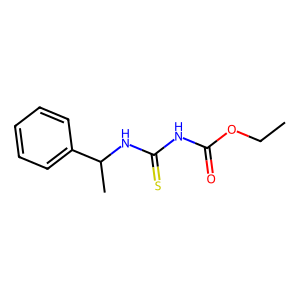
SMILES: CCOC(=O)NC(=S)NC(C)c1ccccc1
Inhibits HIV replication: No